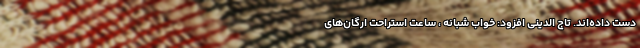
دست داده‌اند. تاج الدینی افزود: خواب شبانه ، ساعت استراحت ارگان‌های